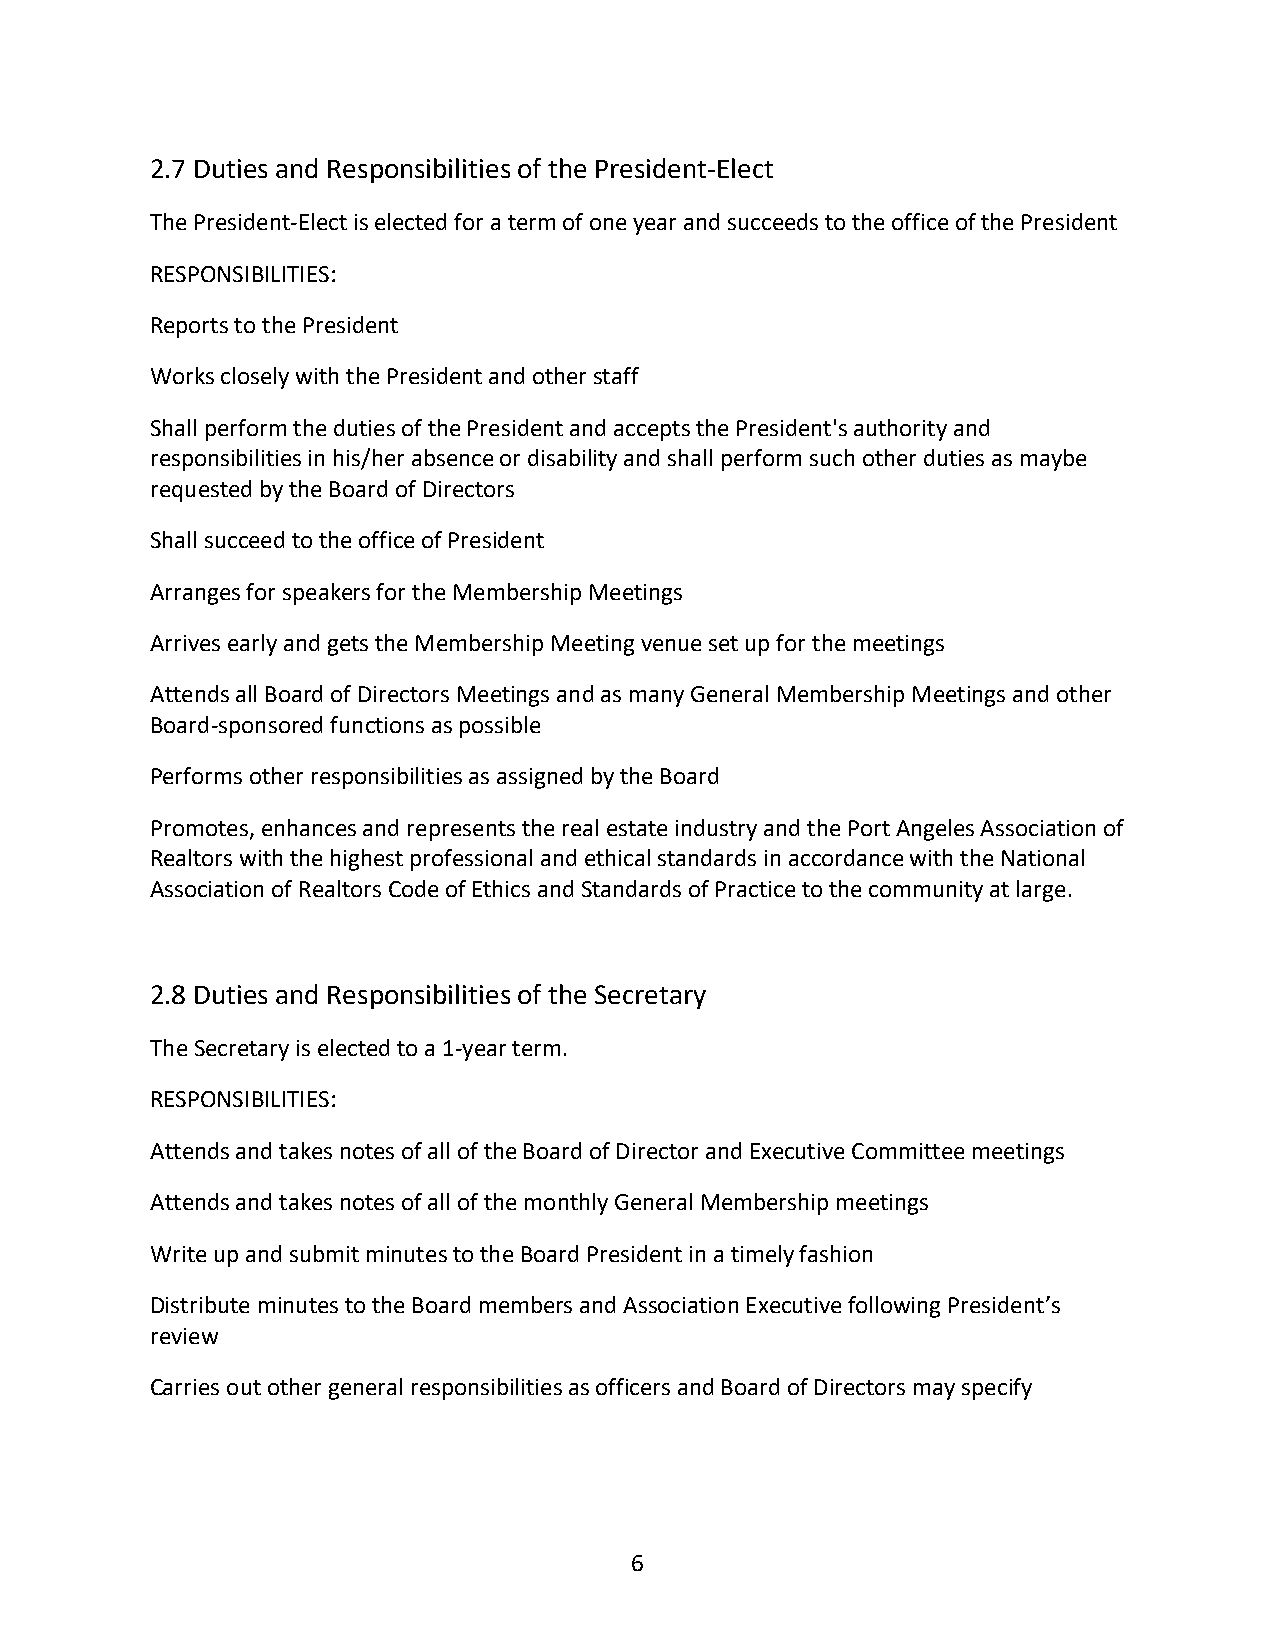
2.7 Duties and Responsibilities of the President-Elect
 The President-Elect is elected for a term of one year and succeeds to the office of the President
 RESPONSIBILITIES:
 Reports to the President
 Works closely with the President and other staff
 Shall perform the duties of the President and accepts the President's authority and
 responsibilities in his/her absence or disability and shall perform such other duties as maybe
 requested by the Board of Directors
 Shall succeed to the office of President
 Arranges for speakers for the Membership Meetings
 Arrives early and gets the Membership Meeting venue set up for the meetings
 Attends all Board of Directors Meetings and as many General Membership Meetings and other
 Board-sponsored functions as possible
 Performs other responsibilities as assigned by the Board
 Promotes, enhances and represents the real estate industry and the Port Angeles Association of
 Realtors with the highest professional and ethical standards in accordance with the National
 Association of Realtors Code of Ethics and Standards of Practice to the community at large.
 2.8 Duties and Responsibilities of the Secretary
 The Secretary is elected to a 1-year term.
 RESPONSIBILITIES:
 Attends and takes notes of all of the Board of Director and Executive Committee meetings
 Attends and takes notes of all of the monthly General Membership meetings
 Write up and submit minutes to the Board President in a timely fashion
 Distribute minutes to the Board members and Association Executive following President’s
 review
 Carries out other general responsibilities as officers and Board of Directors may specify
 6